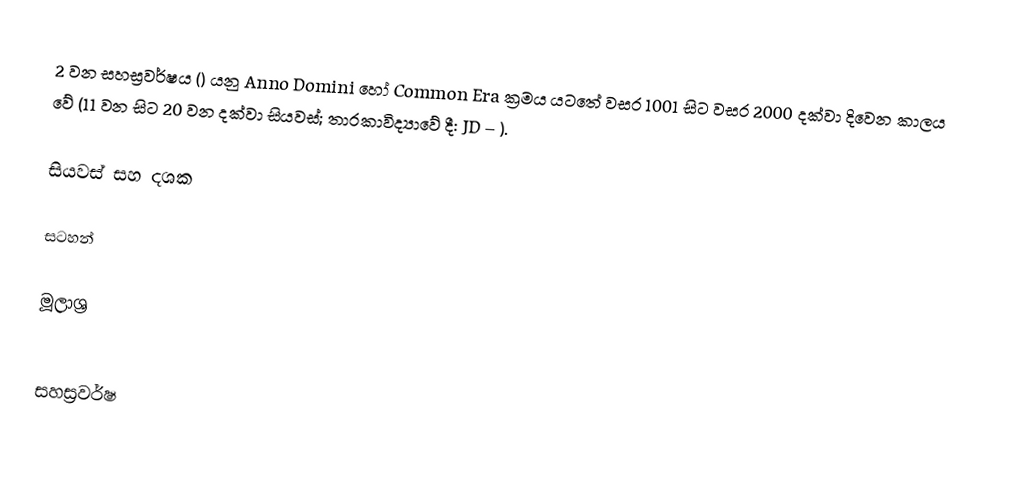
2 වන සහස්‍රවර්ෂය () යනු Anno Domini හෝ Common Era ක්‍රමය යටතේ වසර 1001 සිට වසර 2000 දක්වා දිවෙන කාලය වේ (11 වන සිට 20 වන දක්වා සියවස්; තාරකාවිද්‍යාවේ දී: JD  – ).

සියවස් සහ දශක

සටහන්

මූලාශ්‍ර

සහස්‍රවර්ෂ